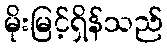
မိုးမြင့်ရှိန်သည်